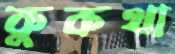
কুকথা